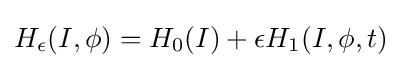
H_{\epsilon }(I,\phi )=H_{0}(I)+\epsilon H_{1}(I,\phi ,t)